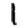
Digit: 1